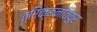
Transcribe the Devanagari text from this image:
त्रिक्कन्तियुर